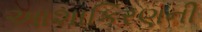
આશાકિરણની